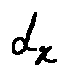
d _ { x }